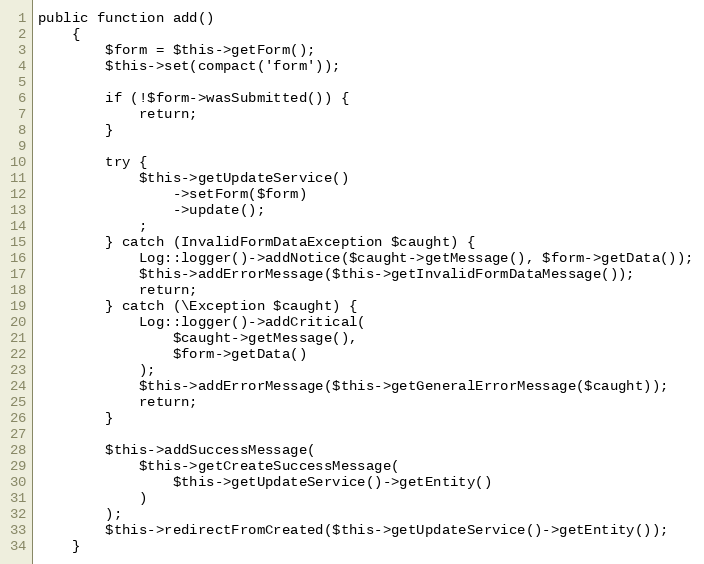
Language: PHP
public function add()
    {
        $form = $this->getForm();
        $this->set(compact('form'));

        if (!$form->wasSubmitted()) {
            return;
        }

        try {
            $this->getUpdateService()
                ->setForm($form)
                ->update();
            ;
        } catch (InvalidFormDataException $caught) {
            Log::logger()->addNotice($caught->getMessage(), $form->getData());
            $this->addErrorMessage($this->getInvalidFormDataMessage());
            return;
        } catch (\Exception $caught) {
            Log::logger()->addCritical(
                $caught->getMessage(),
                $form->getData()
            );
            $this->addErrorMessage($this->getGeneralErrorMessage($caught));
            return;
        }

        $this->addSuccessMessage(
            $this->getCreateSuccessMessage(
                $this->getUpdateService()->getEntity()
            )
        );
        $this->redirectFromCreated($this->getUpdateService()->getEntity());
    }